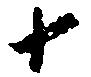
十